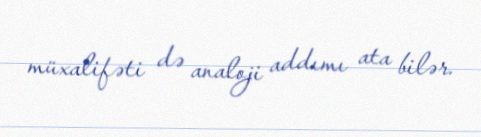
müxalifəti də analoji addımı ata bilər.